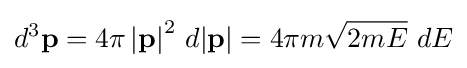
d^{3}\mathbf {p} =4\pi \left|\mathbf {p} \right|^{2}\,d{\left|\mathbf {p} \right|}=4\pi m{\sqrt {2mE}}\ dE